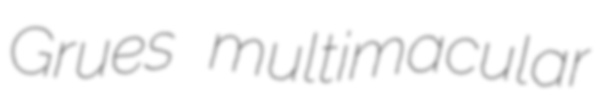
Grues multimacular